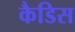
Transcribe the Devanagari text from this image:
कैडिस